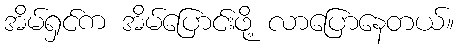
အိမ်ရှင်က အိမ်ပြောင်းဖို့ လာပြောနေတယ်။